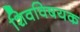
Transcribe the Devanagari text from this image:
शिवविषयक